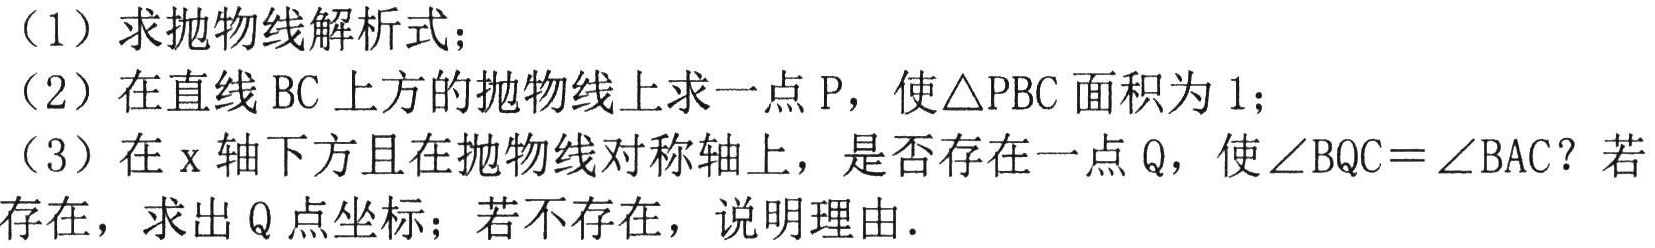
（1）求抛物线解析式；
（2）在直线 BC 上方的抛物线上求一点 P，使△PBC 面积为 1；
（3）在 x 轴下方且在抛物线对称轴上，是否存在一点 Q，使∠BQC =∠BAC？若存在，求出 Q 点坐标；若不存在，说明理由.